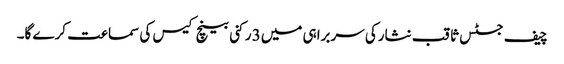
چیف جسٹس ثاقب نثارکی سربراہی میں3 رکنی بینچ کیس کی سماعت کرے گا۔